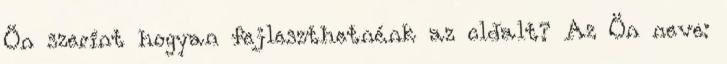
Ön szerint hogyan fejleszthetnénk az oldalt? Az Ön neve: